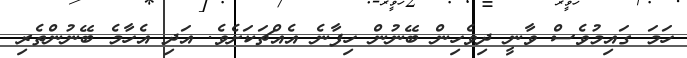
ހަމަ ގައިމުވެސް ވާނީ ދިވެހިން ބޭނުން ހިފާނެ އެއްޗަކަށެވެ. އަދި އެހާމެ ބޭނުންތެރި